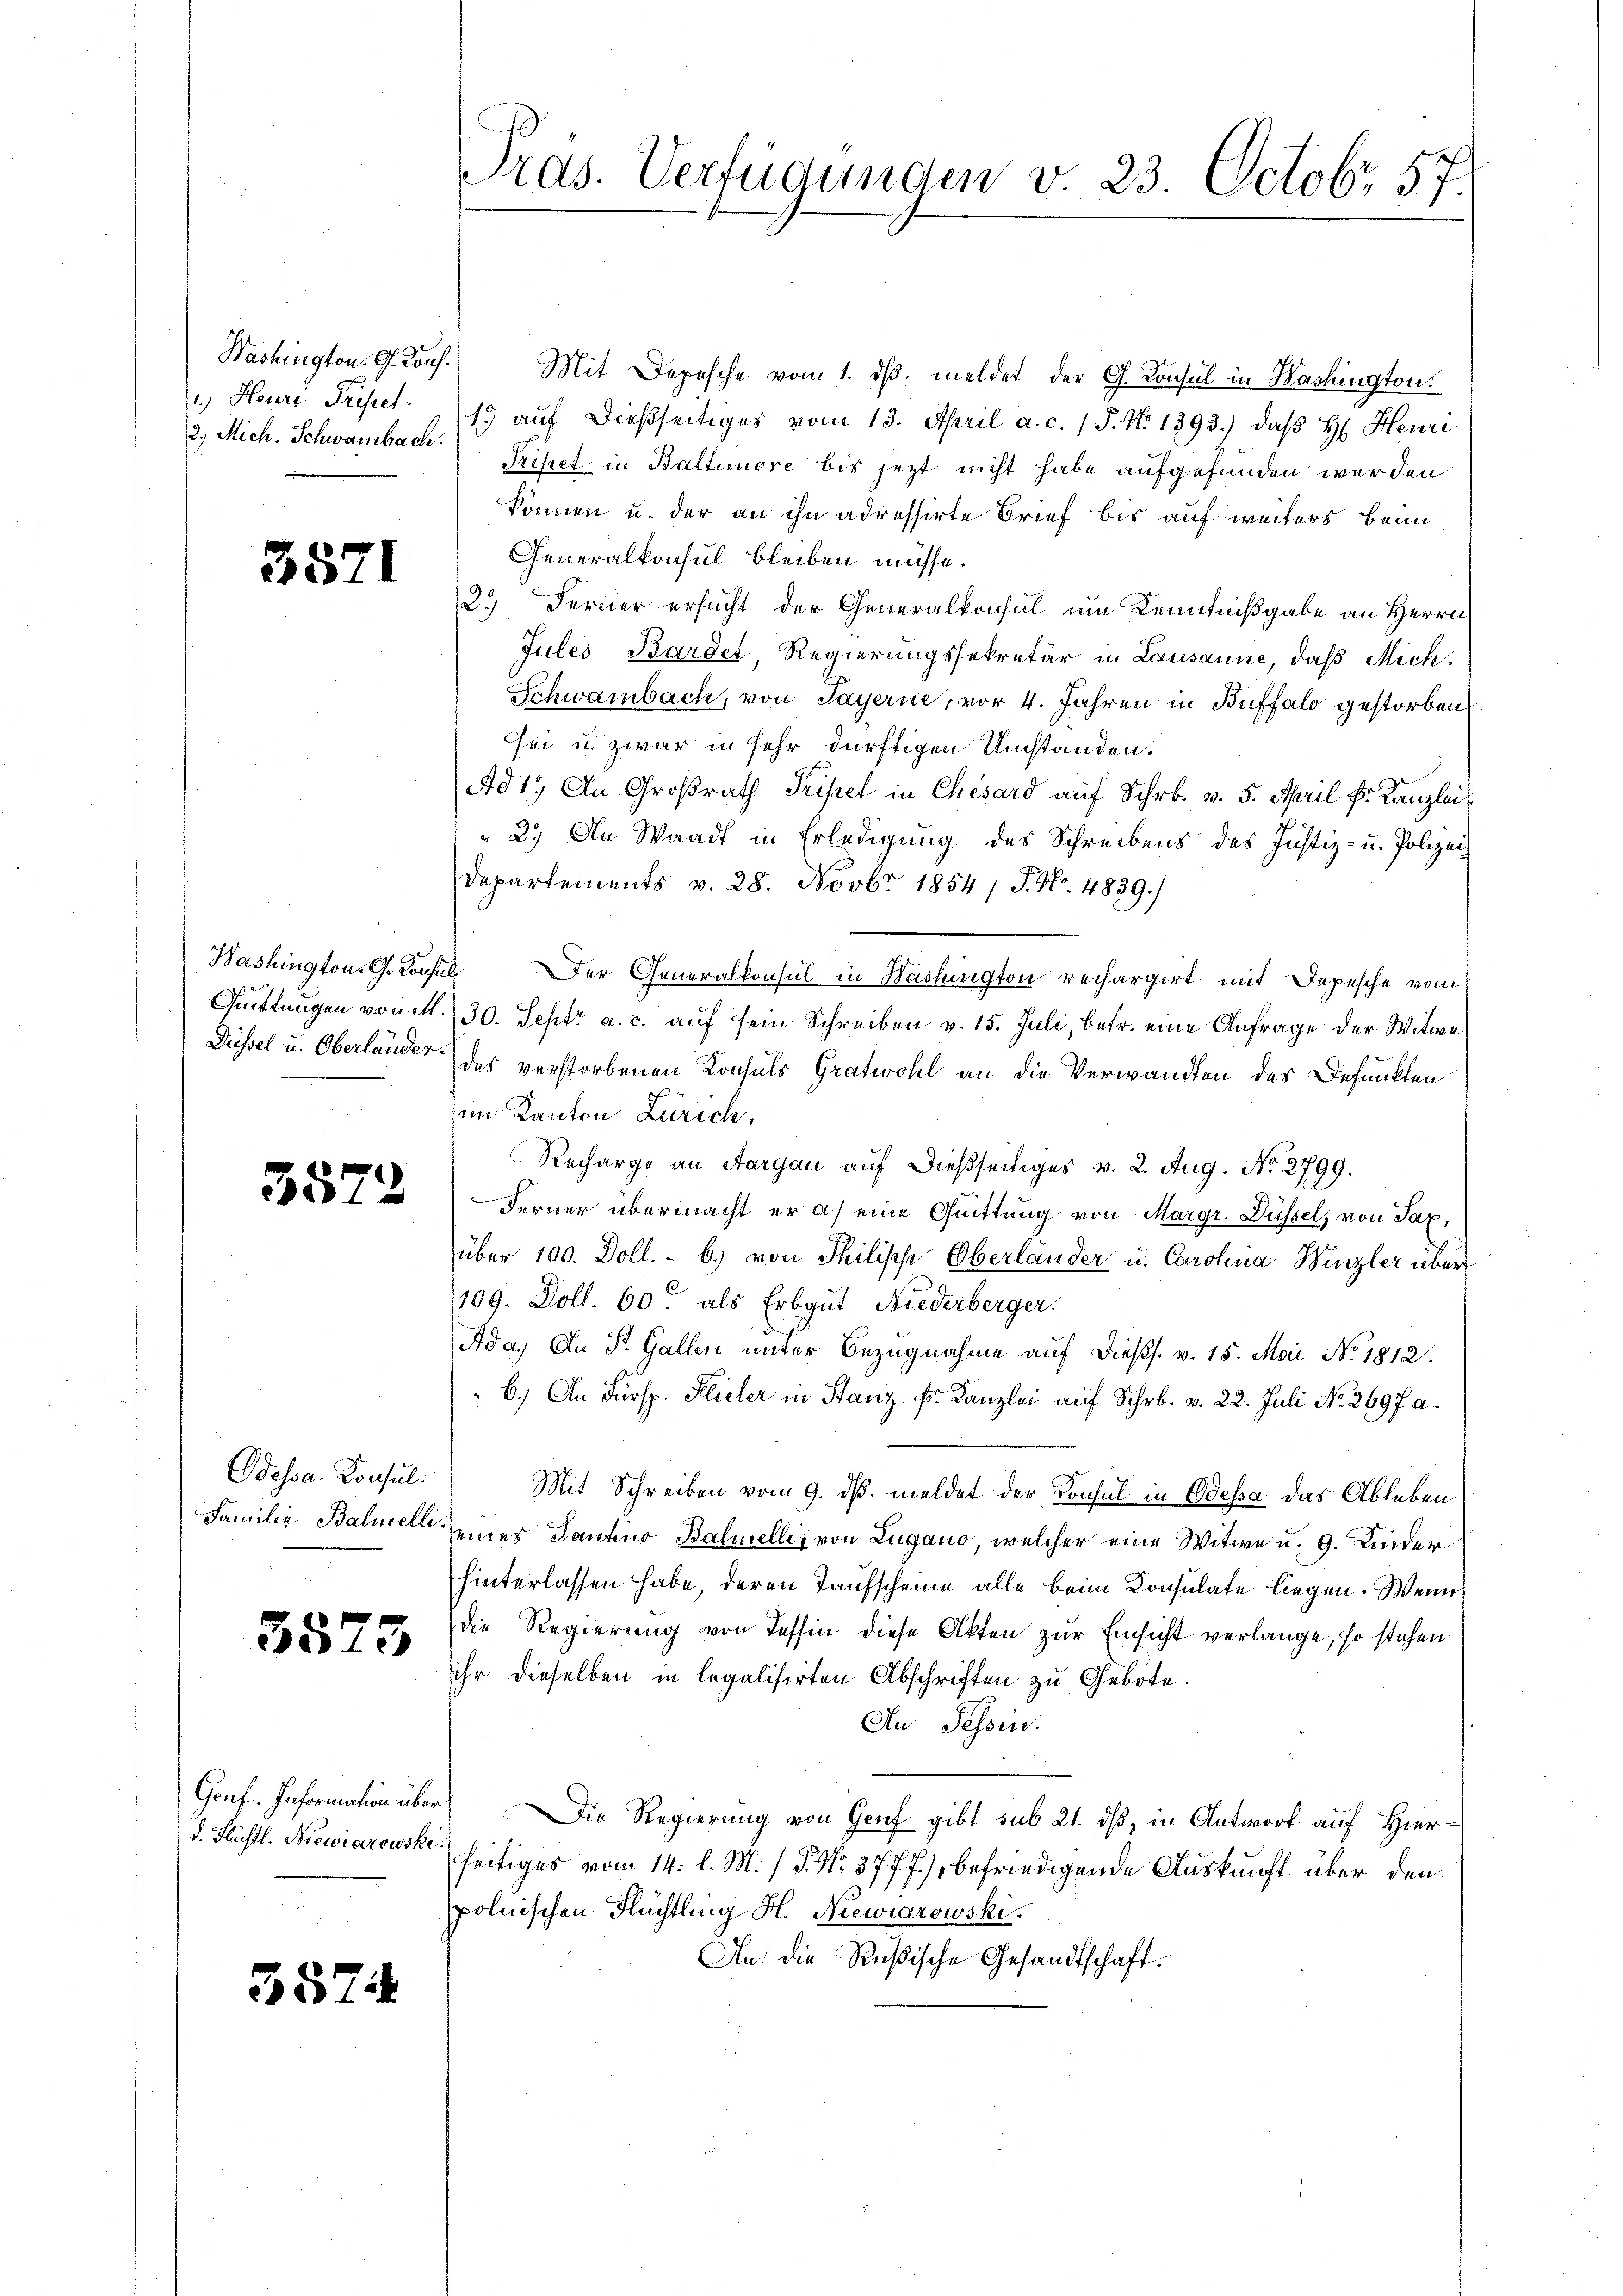
2.) Mich. Schwambach.

35.

I

3572

Odessa. Konsul

3573

d. Flichtl. Niewiarowski.

552

¬

Washington. G. Kons. Mit Depesche vom 1. dβ. meldet der G. Konsul in Washington.
. Heuri Tripet 13 aŭf dießseitiges vom 13. April a. c. 1 S. N. 1393.) daβ H. Heuri
Tripet in Baltenere bis jezt nicht habe aufgefunden werden
können u. der an ihn adressirte Brief bis auf weiters beim
Generalkonsul bleiben müsse.
2.) Ferner ersucht der Generalkonsul um Kenntnißgabe an Herrn
Jules Bardet Regierungssekretär in Lausanne, daß Mich.
Schwambach, von Payerne, vor 4. Jahren in Buffalo gestorben,
sei u. zwar in sehr dürftigen Umstanden.
Ad 1. An Großrath Tripet in Chesard auf Schr. v. 5. April k. Kanzlei
2.) An Waadt in Erledigung des Schreibens des Justiz- u. Polizei
Departements v. 28. Novbr 1854 / J. No. 4839.
Haslington G. Konsul Der Generalkonsul in Washington rechargirt mit Depesche vom
Quittungen von M. 30. Sept. a. c. auf sein Schreiben v. 15. Juli, betr. eine Anfrage der Witwe
Düssel u. Oberlander des verstorbenen Konsuls Gratwohl an die Verwandten des Defunkten
im Kanton Zürich,
Recharge an Aargau auf dießseitiges v. 2. Aug. No 2799.
Ferner übermacht er a) eine Quittung von Margr. Düssel, von Taxüber 100. Doll. - b.) von Philisch Oberlander u. Carolina Winzler über
109. Doll. 60 als Erbgut Niederberger.
Ada. An St. Gallen unter Bezugnahme auf dießs. v. 15. Mai No 1812.
6.) An Fürsp. Flieler in Stanz. Fs. Kanzlei auf Schr. v. 22. Juli No 2697 a.
Mit Schreiben vom 9. dβ meldet der Konsul in Odessa das Ableben
Familie Balmelli einer Santino Balmelles von Lugano, welcher eine Witwe u. 9. Kinder
hinterlassen habe, deren Taufscheine alle beim Konsulate liegen. Wenn
die Regierung von Tessin diese Akten zur Einsicht verlange, so stehen
ihr dieselben in legalisirten Abschriften zu Gebote.
An Tessin.
Genf. Information über Die Regierung von Genf gibt sub 21. dß, in Antwort auf Hierseitiges vom 14. l. M. / P. Nr. 377 f.) befriedigende Auskunft über den
polnischen Flüchtling H. Niewiarowski.
An die Rußische Gesandtschaft.

Tras. Verfügungen v. 23. Octobr. 57.